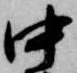
中